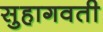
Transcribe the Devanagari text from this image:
सुहागवती